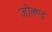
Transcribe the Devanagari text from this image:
जीलण्ड